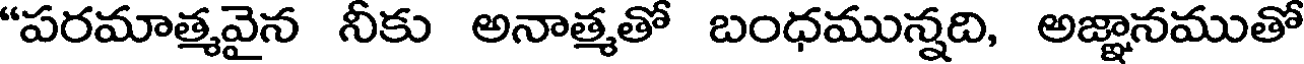
"పరమాత్మవైన నీకు అనాత్మతో బంధమున్నది, అజ్ఞానముతో